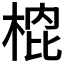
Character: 𭪣